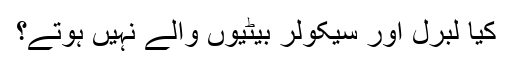
کیا لبرل اور سیکولر بیٹیوں والے نہیں ہوتے؟